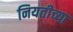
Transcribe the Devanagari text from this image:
नियतीच्या